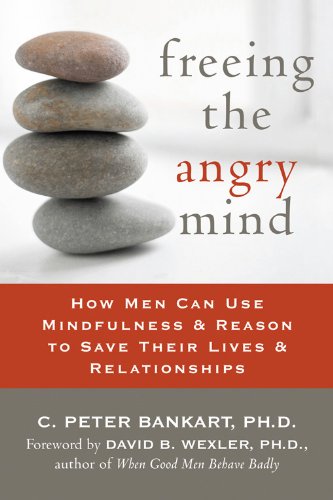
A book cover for Freeing the Angry Mind: How Men Can Use Mindfulness and Reason to Save Their Lives and Relationships; C. Peter Bankart PhD; Self-Help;